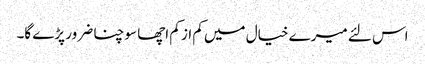
اس لئے میرے خیال میں کم از کم اچھا سوچنا ضرور پڑے گا۔